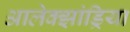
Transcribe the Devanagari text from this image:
आलेक्झांड्रिया